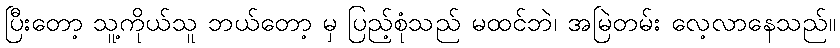
ပြီးတော့ သူ့ကိုယ်သူ ဘယ်တော့ မှ ပြည့်စုံသည် မထင်ဘဲ၊ အမြဲတမ်း လေ့လာနေသည်။